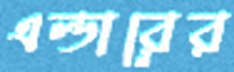
এল্ডারের